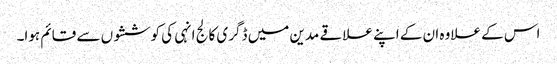
اس کے علاوہ ان کے اپنے علاقے مدین میں ڈگری کالج انہی کی کوششوں سے قائم ہوا۔